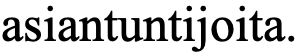
asiantuntijoita.